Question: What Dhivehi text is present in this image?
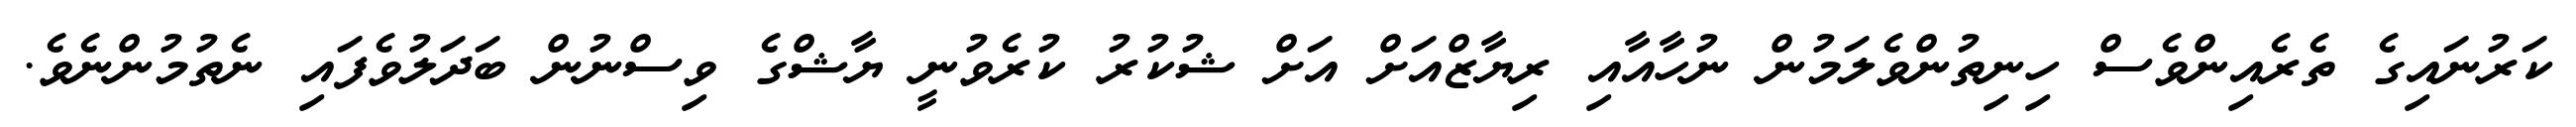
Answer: ކަރުނައިގެ ތެރެއިންވެސް ހިނިތުންވެލަމުން ނުހާއާއި ރިޔާޒްއަށް އަށް ޝުކުރު ކުރެވުނީ ޔާޝްގެ ވިސްނުން ބަދަލުވެފައި ނެތުމުންނެވެ.